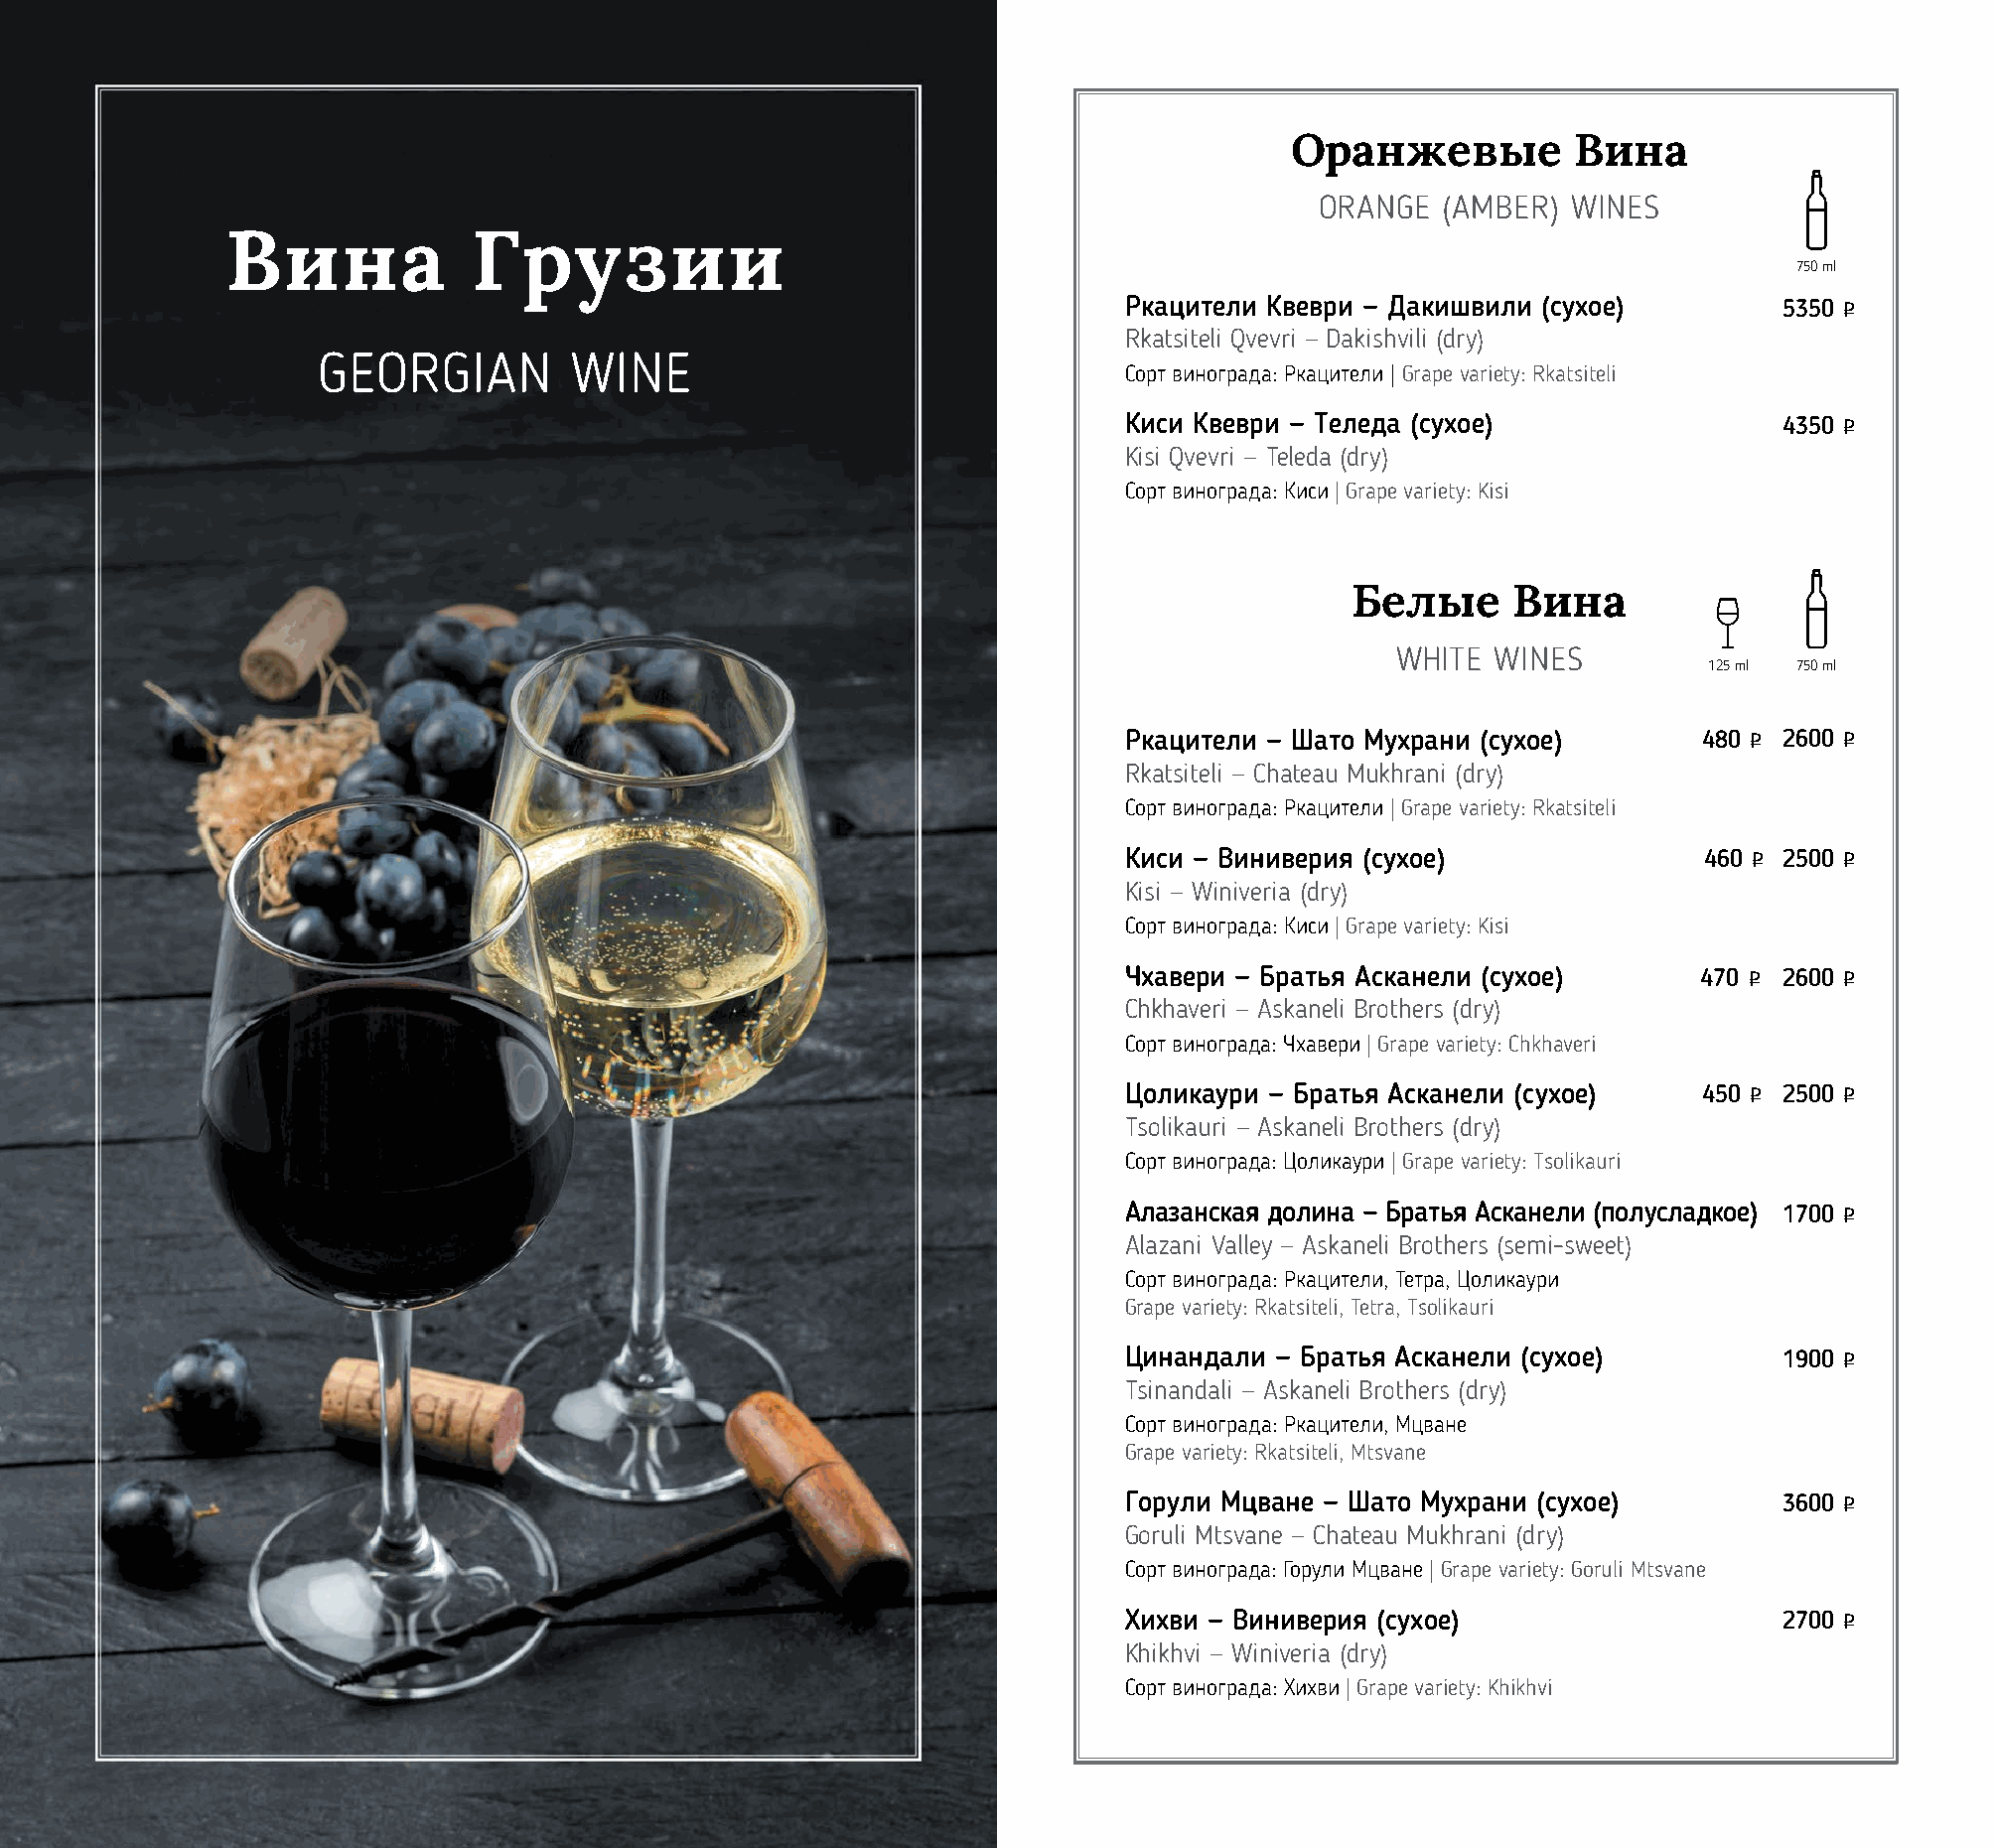
Оранжевые          Вина
 ORANGE  (AMBER)  WINES
 Вина            Грузии
 750 ml
 Ркацители Квеври — Дакишвили (сухое)        5350 o
 Rkatsiteli Qvevri — Dakishvili (dry)
 GEORGIAN         WINE
 Сорт винограда: Ркацители | Grape variety: Rkatsiteli
 Киси Квеври — Теледа (сухое)                4350 o
 Kisi Qvevri — Teleda (dry)
 Сорт винограда: Киси | Grape variety: Kisi
 Белые      Вина
 WHITE  WINES
 125 ml 750 ml
 Ркацители — Шато Мухрани (сухое)      480 o 2600 o
 Rkatsiteli — Chateau Mukhrani (dry)
 Сорт винограда: Ркацители | Grape variety: Rkatsiteli
 Киси — Виниверия (сухое)               460 o 2500 o
 Kisi — Winiveria (dry)
 Сорт винограда: Киси | Grape variety: Kisi
 Чхавери — Братья Асканели (сухое)     470 o 2600 o
 Chkhaveri — Askaneli Brothers (dry)
 Сорт винограда: Чхавери | Grape variety: Сhkhaveri
 Цоликаури — Братья Асканели (сухое)   450 o 2500 o
 Tsolikauri — Askaneli Brothers (dry)
 Сорт винограда: Цоликаури | Grape variety: Tsolikauri
 Алазанская долина — Братья Асканели (полусладкое) 1700 o
 Alazani Valley — Askaneli Brothers (semi-sweet)
 Сорт винограда: Ркацители, Тетра, Цоликаури
 Grape variety: Rkatsiteli, Tetra, Tsolikauri
 Цинандали — Братья Асканели (сухое)         1900 o
 Tsinandali — Askaneli Brothers (dry)
 Сорт винограда: Ркацители, Мцване
 Grape variety: Rkatsiteli, Mtsvane
 Горули Мцване — Шато Мухрани (сухое)        3600 o
 Goruli Mtsvane — Chateau Mukhrani (dry)
 Сорт винограда: Горули Мцване | Grape variety: Goruli Mtsvane
 Хихви — Виниверия (сухое)                   2700 o
 Khikhvi — Winiveria (dry)
 Сорт винограда: Хихви | Grape variety: Khikhvi